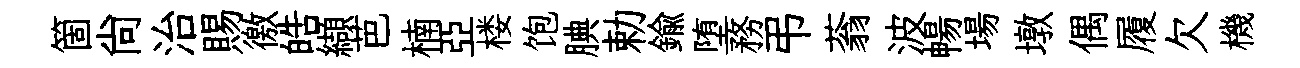
箇尚治賜徼皓纈芭楠亞楼饱腆勅鍮堕務弔蓊波暢場墩偶履欠機